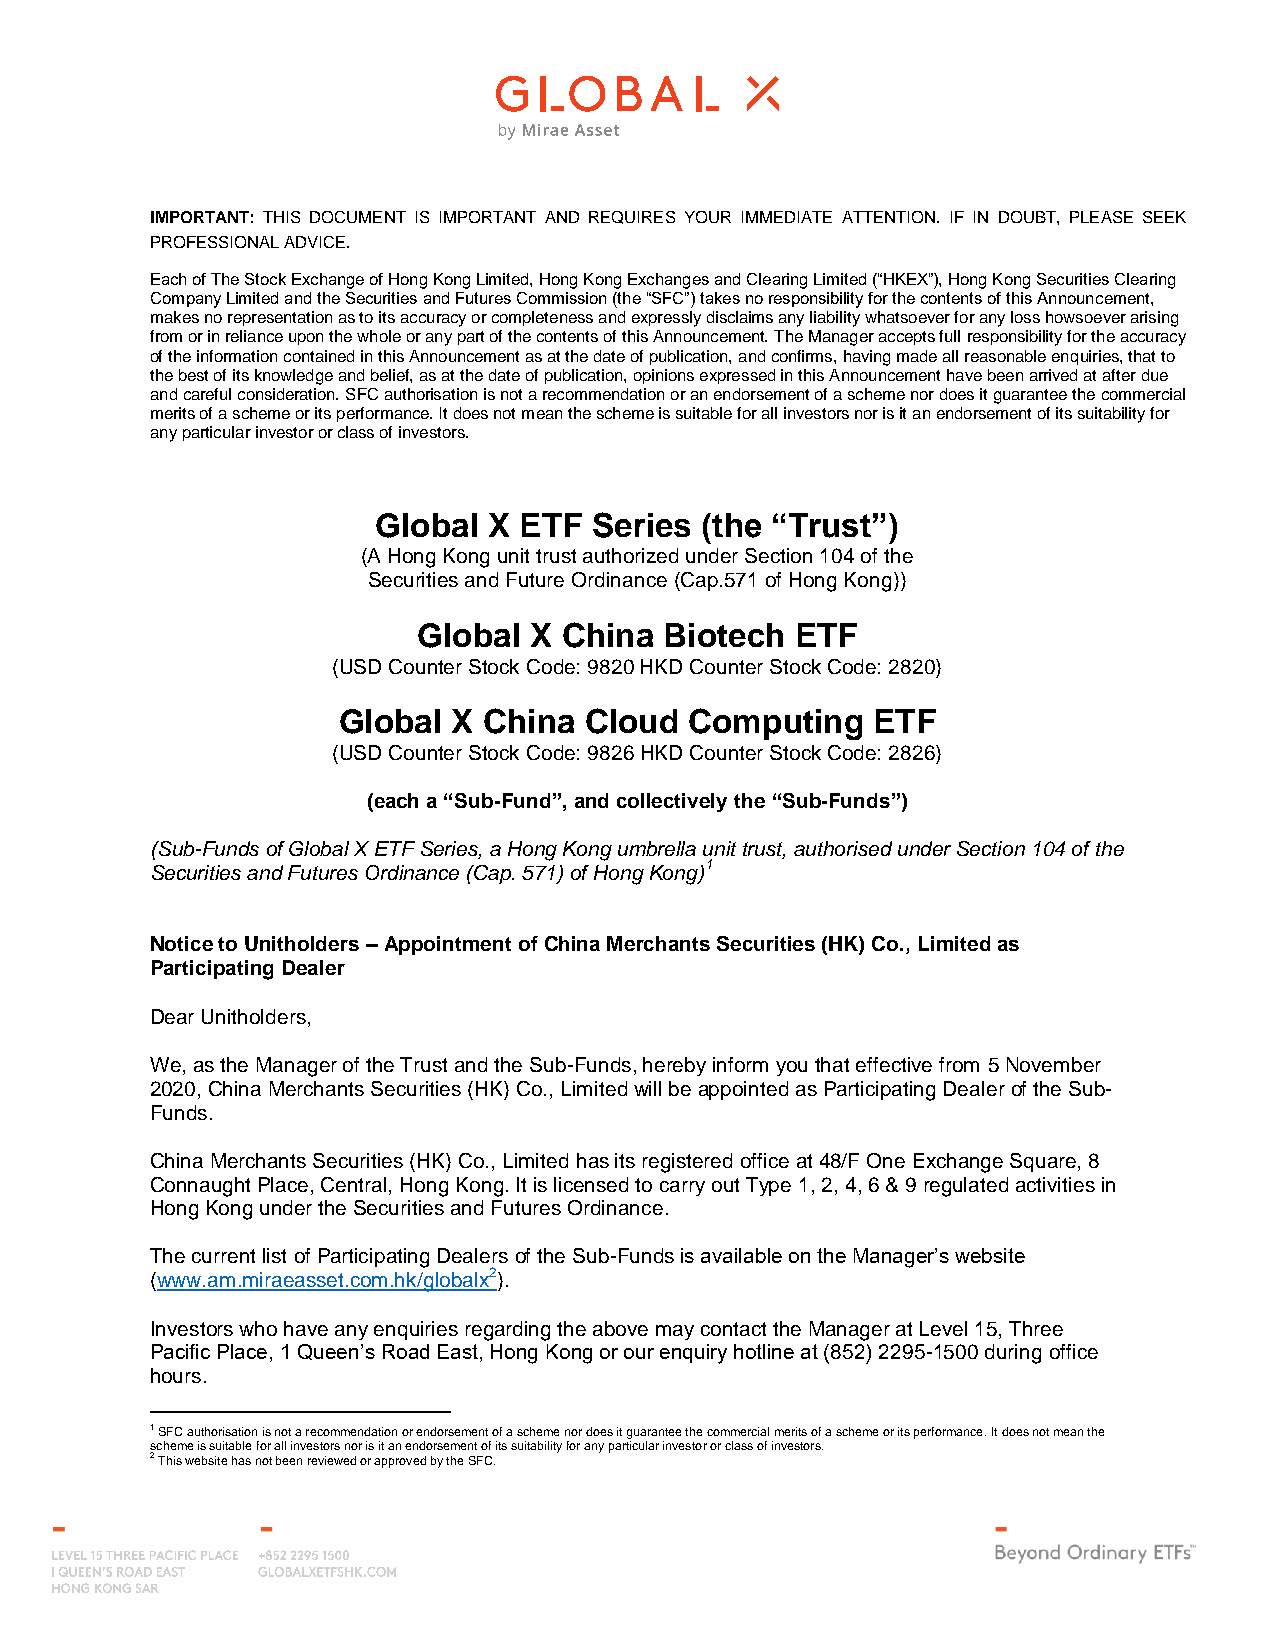
IMPORTANT: THIS DOCUMENT IS IMPORTANT AND REQUIRES YOUR IMMEDIATE ATTENTION. IF IN DOUBT, PLEASE SEEK
 PROFESSIONAL ADVICE.
 Each of The Stock Exchange of Hong Kong Limited, Hong Kong Exchanges and Clearing Limited (“HKEX”), Hong Kong Securities Clearing
 Company Limited and the Securities and Futures Commission (the “SFC”) takes no responsibility for the contents of this Announcement,
 makes no representation as to its accuracy or completeness and expressly disclaims any liability whatsoever for any loss howsoever arising
 from or in reliance upon the whole or any part of the contents of this Announcement. The Manager accepts full responsibility for the accuracy
 of the information contained in this Announcement as at the date of publication, and confirms, having made all reasonable enquiries, that to
 the best of its knowledge and belief, as at the date of publication, opinions expressed in this Announcement have been arrived at after due
 and careful consideration. SFC authorisation is not a recommendation or an endorsement of a scheme nor does it guarantee the commercial
 merits of a scheme or its performance. It does not mean the scheme is suitable for all investors nor is it an endorsement of its suitability for
 any particular investor or class of investors.
 Global X ETF  Series (the “Trust”)
 (A Hong Kong unit trust authorized under Section 104 of the
 Securities and Future Ordinance (Cap.571 of Hong Kong))
 Global X China  Biotech  ETF
 (USD Counter Stock Code: 9820 HKD Counter Stock Code: 2820)
 Global  X China  Cloud  Computing   ETF
 (USD Counter Stock Code: 9826 HKD Counter Stock Code: 2826)
 (each a “Sub-Fund”, and collectively the “Sub-Funds”)
 (Sub-Funds of Global X ETF Series, a Hong Kong umbrella unit trust, authorised under Section 104 of the
 Securities and Futures Ordinance (Cap. 571) of Hong Kong)1
 Notice to Unitholders – Appointment of China Merchants Securities (HK) Co., Limited as
 Participating Dealer
 Dear Unitholders,
 We, as the Manager of the Trust and the Sub-Funds, hereby inform you that effective from 5 November
 2020, China Merchants Securities (HK) Co., Limited will be appointed as Participating Dealer of the Sub-
 Funds.
 China Merchants Securities (HK) Co., Limited has its registered office at 48/F One Exchange Square, 8
 Connaught Place, Central, Hong Kong. It is licensed to carry out Type 1, 2, 4, 6 & 9 regulated activities in
 Hong Kong under the Securities and Futures Ordinance.
 The current list of Participating Dealers of the Sub-Funds is available on the Manager’s website
 (www.am.miraeasset.com.hk/globalx2).
 Investors who have any enquiries regarding the above may contact the Manager at Level 15, Three
 Pacific Place, 1 Queen’s Road East, Hong Kong or our enquiry hotline at (852) 2295-1500 during office
 hours.
 1 SFC authorisation is not a recommendation or endorsement of a scheme nor does it guarantee the commercial merits of a scheme or its performance. It does not mean the
 scheme is suitable for all investors nor is it an endorsement of its suitability for any particular investor or class of investors.
 2 This website has not been reviewed or approved by the SFC.